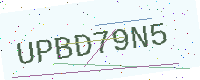
Text: UPBD79N5